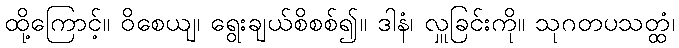
ထို့ကြောင့်။ ဝိစေယျ၊ ရွေးချယ်စိစစ်၍။ ဒါနံ၊ လှူခြင်းကို။ သုဂတပသတ္ထံ၊